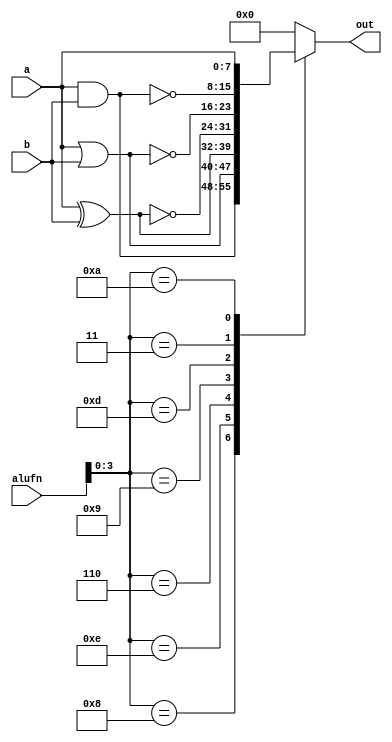
/*
   This file was generated automatically by the Mojo IDE version B1.3.6.
   Do not edit this file directly. Instead edit the original Lucid source.
   This is a temporary file and any changes made to it will be destroyed.
*/

module boole_20 (
    input [7:0] a,
    input [7:0] b,
    input [5:0] alufn,
    output reg [7:0] out
  );
  
  
  
  always @* begin
    
    case (alufn[0+3-:4])
      4'h8: begin
        out = a & b;
      end
      4'he: begin
        out = a | b;
      end
      4'h6: begin
        out = a ^ b;
      end
      4'h9: begin
        out = ~(a ^ b);
      end
      4'hd: begin
        out = ~(a | b);
      end
      4'h3: begin
        out = ~(a & b);
      end
      4'ha: begin
        out = a;
      end
      default: begin
        out = 8'h00;
      end
    endcase
  end
endmodule